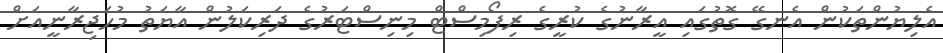
އެލިޔުންތަކުން އެނގޭ ގޮތުގައި އީރާނުގެ ކުރީގެ ރިފޯމިސްޓް މިނިސްޓަރުގެ ދަރިކަލުން އާޔަތު މުހަޖިރާނީއަށް